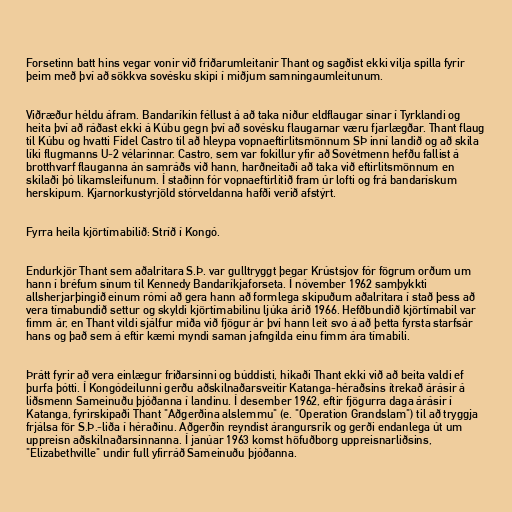
Forsetinn batt hins vegar vonir við friðarumleitanir Thant og sagðist ekki vilja spilla fyrir
þeim með því að sökkva sovésku skipi í miðjum samningaumleitunum.

Viðræður héldu áfram. Bandaríkin féllust á að taka niður eldflaugar sínar í Tyrklandi og
heita því að ráðast ekki á Kúbu gegn því að sovésku flaugarnar væru fjarlægðar. Thant flaug
til Kúbu og hvatti Fidel Castro til að hleypa vopnaeftirlitsmönnum SÞ inní landið og að skila
líki flugmanns U-2 vélarinnar. Castro, sem var fokillur yfir að Sovétmenn hefðu fallist á
brotthvarf flauganna án samráðs við hann, harðneitaði að taka við eftirlitsmönnum en
skilaði þó líkamsleifunum. Í staðinn fór vopnaeftirlitið fram úr lofti og frá bandarískum
herskipum. Kjarnorkustyrjöld stórveldanna hafði verið afstýrt.

Fyrra heila kjörtímabilið: Stríð í Kongó.

Endurkjör Thant sem aðalritara S.Þ. var gulltryggt þegar Krústsjov fór fögrum orðum um
hann í bréfum sínum til Kennedy Bandaríkjaforseta. Í nóvember 1962 samþykkti
allsherjarþingið einum rómi að gera hann að formlega skipuðum aðalritara í stað þess að
vera tímabundið settur og skyldi kjörtímabilinu ljúka árið 1966. Hefðbundið kjörtímabil var
fimm ár, en Thant vildi sjálfur miða við fjögur ár því hann leit svo á að þetta fyrsta starfsár
hans og það sem á eftir kæmi myndi saman jafngilda einu fimm ára tímabili.

Þrátt fyrir að vera einlægur friðarsinni og búddisti, hikaði Thant ekki við að beita valdi ef
þurfa þótti. Í Kongódeilunni gerðu aðskilnaðarsveitir Katanga-héraðsins ítrekað árásir á
liðsmenn Sameinuðu þjóðanna í landinu. Í desember 1962, eftir fjögurra daga árásir í
Katanga, fyrirskipaði Thant "Aðgerðina alslemmu" (e. "Operation Grandslam") til að tryggja
frjálsa för S.Þ.-liða í héraðinu. Aðgerðin reyndist árangursrík og gerði endanlega út um
uppreisn aðskilnaðarsinnanna. Í janúar 1963 komst höfuðborg uppreisnarliðsins,
"Elizabethville" undir full yfirráð Sameinuðu þjóðanna.